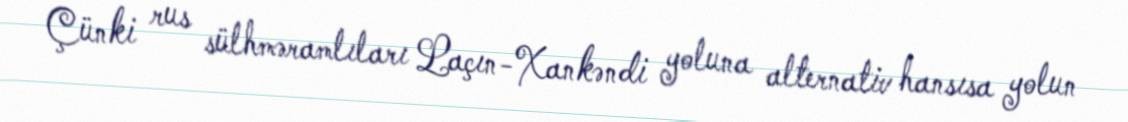
Çünki rus sülhməramlıları Laçın-Xankəndi yoluna alternativ hansısa yolun